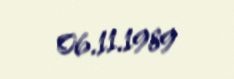
06.11.1989